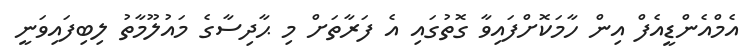
އެމްއެންޑީއެފް އިން ހާމަކޮށްފައިވާ ގޮތުގައި އެ ފަރާތަށް މި ޙާދިސާގެ މައުލޫމާތު ލިބިފައިވަނީ